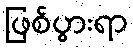
ဖြစ်ပွားရာ